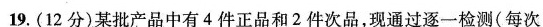
19.(12分)某批产品中有4件正品和2件次品，现通过逐一检测(每次